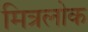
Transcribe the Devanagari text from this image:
मित्रलोक